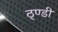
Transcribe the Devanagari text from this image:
ठ्ण्डी